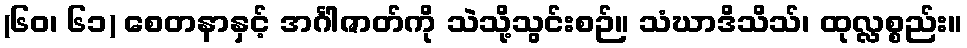
(၆၀၊ ၆၁) စေတနာနှင့် အင်္ဂါဇာတ်ကို သဲသို့သွင်းစဉ်။ သံဃာဒိသိသ်၊ ထုလ္လစ္စည်း။